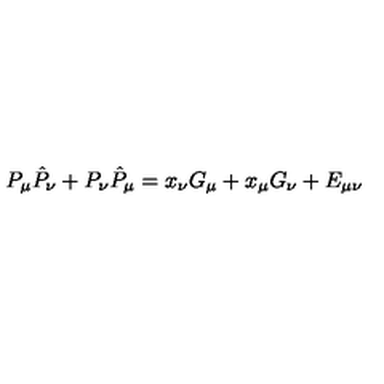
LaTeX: P _ { \mu } \hat { P } _ { \nu } + P _ { \nu } \hat { P } _ { \mu } = x _ { \nu } G _ { \mu } + x _ { \mu } G _ { \nu } + E _ { \mu \nu }